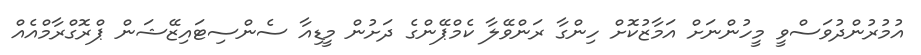
އުމުރުންދުވަސްވީ މީހުންނަށް އަމާޒުކޮށް ހިންގާ ރަންވޭލާ ކެމްޕޭންގެ ދަށުން މީޑިއާ ސެންސިޓައިޒޭޝަން ޕްރޮގްރާމްއެއް